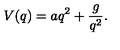
V ( q ) = a q ^ { 2 } + \frac { g } { q ^ { 2 } } .